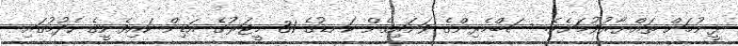
ފީނުމަށް ތައްޔާރުވުމަށެވެ. ސަބްމެރިންގެ ވަށައިގެން ކަނޑުގެ 31 މީޓަރުގެ އަޑިން ކައިވެނީގެ ހެދުމުގައި